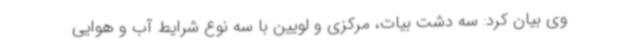
وی بیان کرد: سه دشت بیات، مرکزی و لویین با سه نوع شرایط آب و هوایی